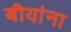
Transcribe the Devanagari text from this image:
बीयांना